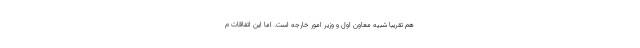
هم تقریبا شبیه معاون اول و وزیر امور خارجه است. اما این اتفاقات م